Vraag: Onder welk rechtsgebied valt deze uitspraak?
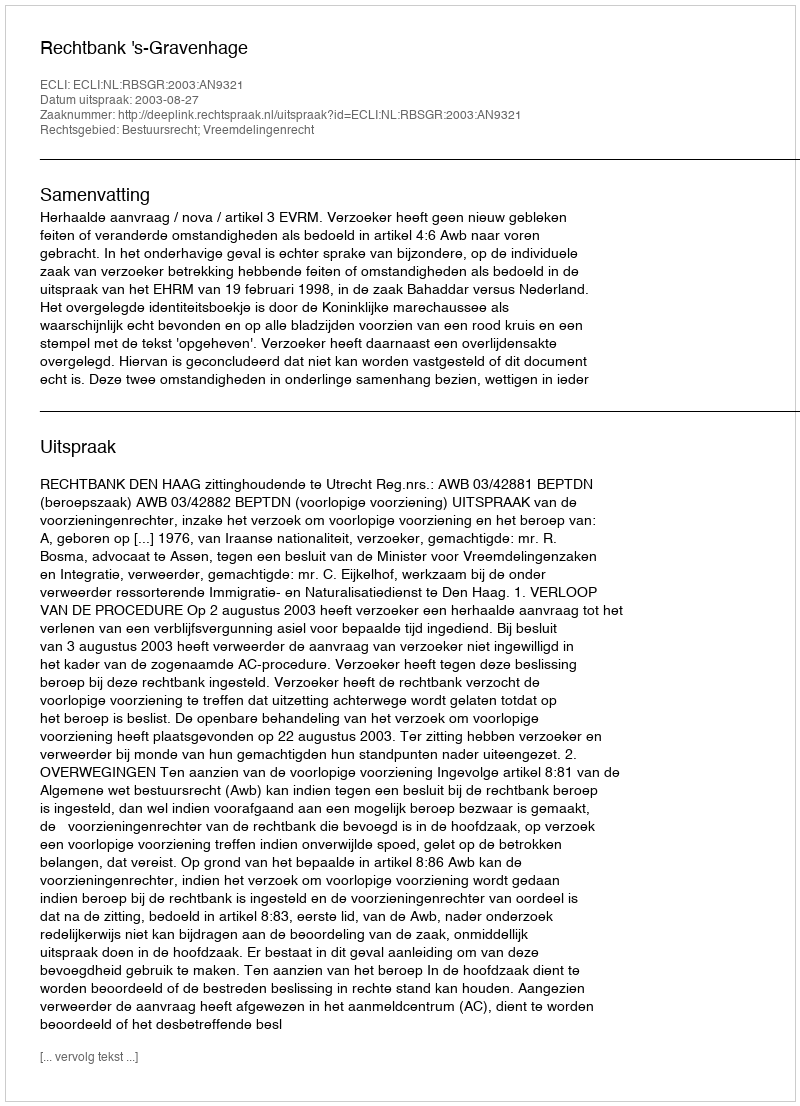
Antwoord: Bestuursrecht; Vreemdelingenrecht